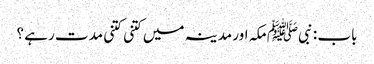
باب : نبیﷺ مکہ اور مدینہ میں کتنی کتنی مدت رہے ؟